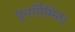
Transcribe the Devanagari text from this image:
पुनर्निमित।